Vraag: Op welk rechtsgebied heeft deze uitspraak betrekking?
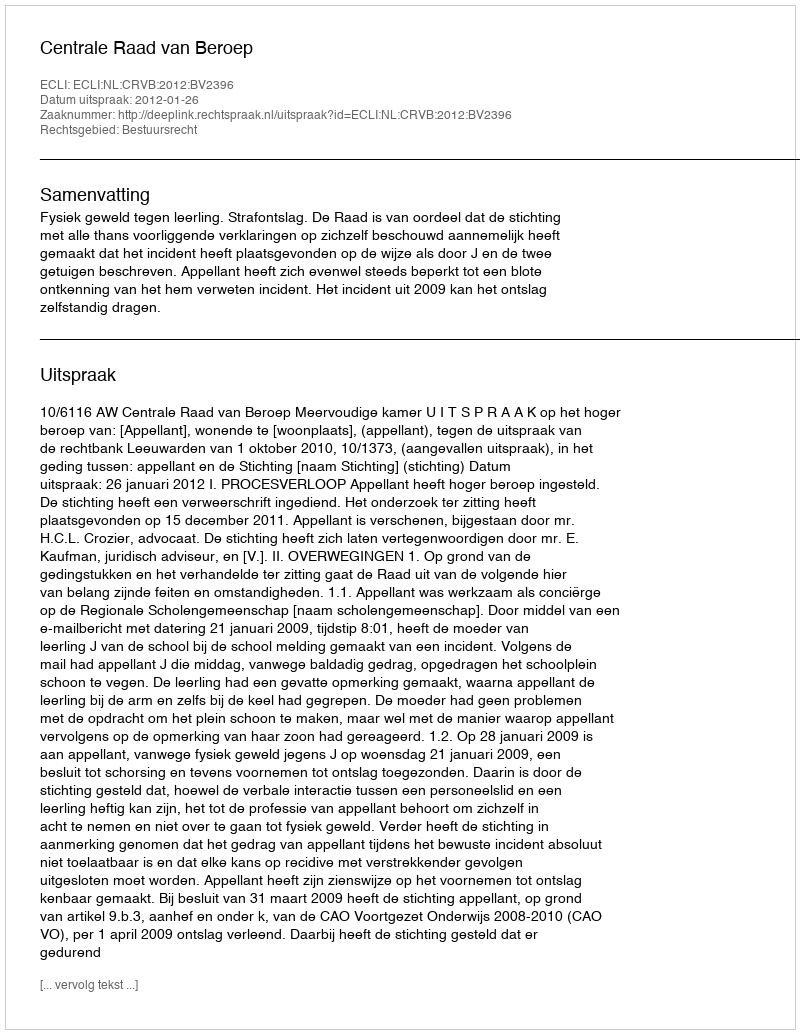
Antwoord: Bestuursrecht